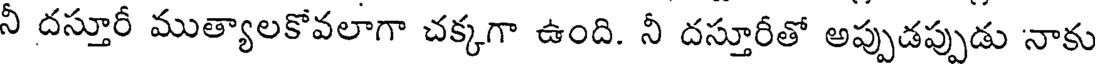
నీ దస్తూరీ ముత్యాలకోవలాగా చక్కగా ఉంది. నీ దస్తూరీతో అప్పుడప్పుడు నాకు